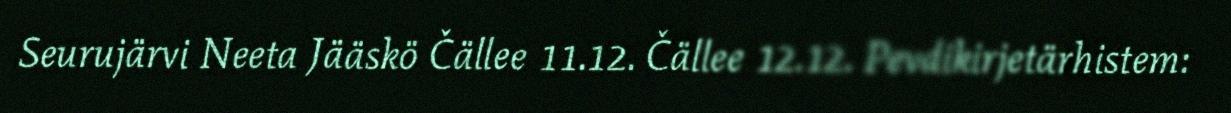
Seurujärvi Neeta Jääskö Čällee 11.12. Čällee 12.12. Pevdikirjetärhistem: